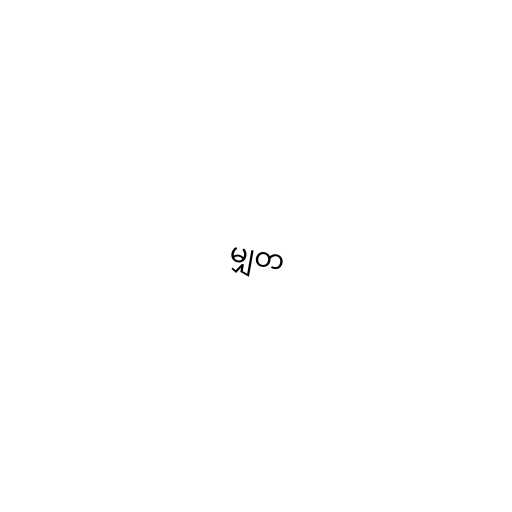
မျှတ